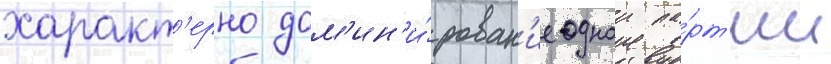
характ'ерно дом'ин'и́рован'ие однои па́рт'ии